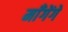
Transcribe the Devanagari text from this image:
माँगेंगे